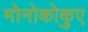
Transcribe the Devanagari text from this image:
मोनोकोकुए